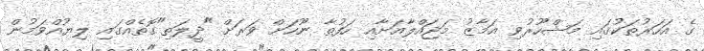
ގެ އަހަރުތަކުގައި މަޝްހޫރުވި އަމާޒު މަޖައްލާއަށާއި ހަފުތާ ނޫހަށް ވަރަށް "ދީލަތި"ގޮތެއްގައި ލިޔުއްވަމުން